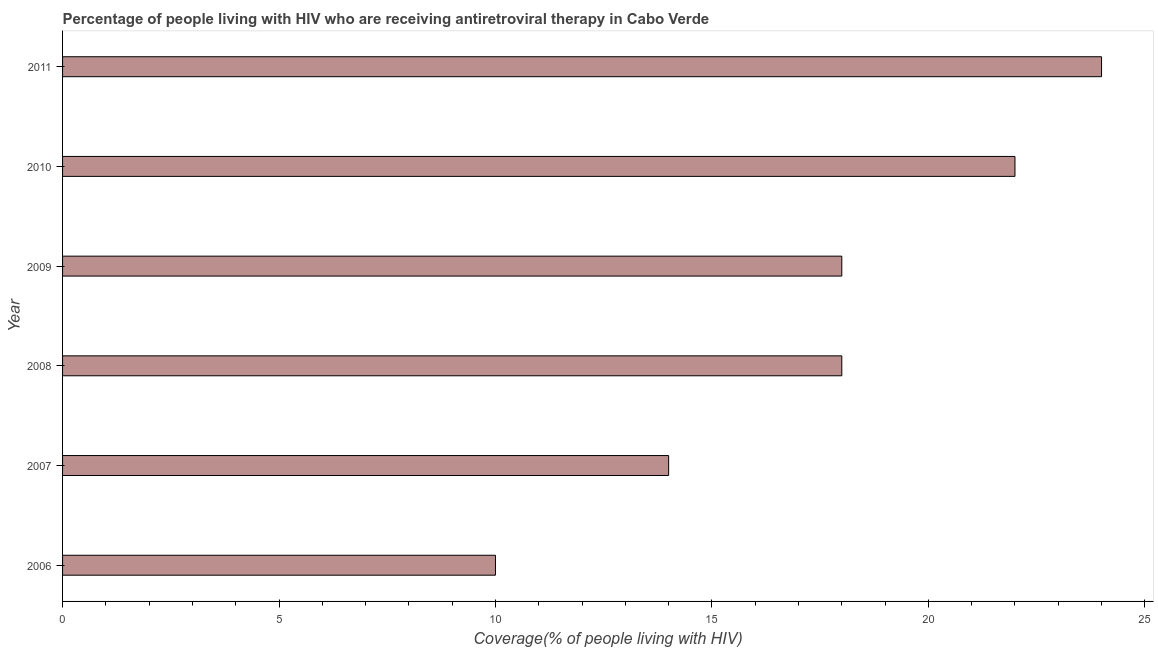
| Year | Antiretroviral therapy coverage |
 | --- | --- |
 | 2006 | 10 |
 | 2007 | 14 |
 | 2008 | 18 |
 | 2009 | 18 |
 | 2010 | 22 |
 | 2011 | 24 |